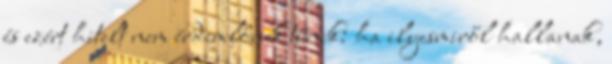
és ezért hitelt nem érdemlőnek tűnik: ha ilyesmiről hallanak,